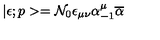
| \epsilon ; p > = { \cal N } _ { 0 } \epsilon _ { \mu \nu } \alpha _ { - 1 } ^ { \mu } \overline { { \alpha } }